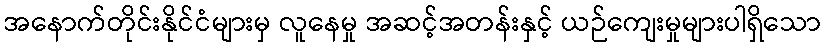
အနောက်တိုင်းနိုင်ငံများမှ လူနေမှု အဆင့်အတန်းနှင့် ယဉ်ကျေးမှုများပါရှိသော